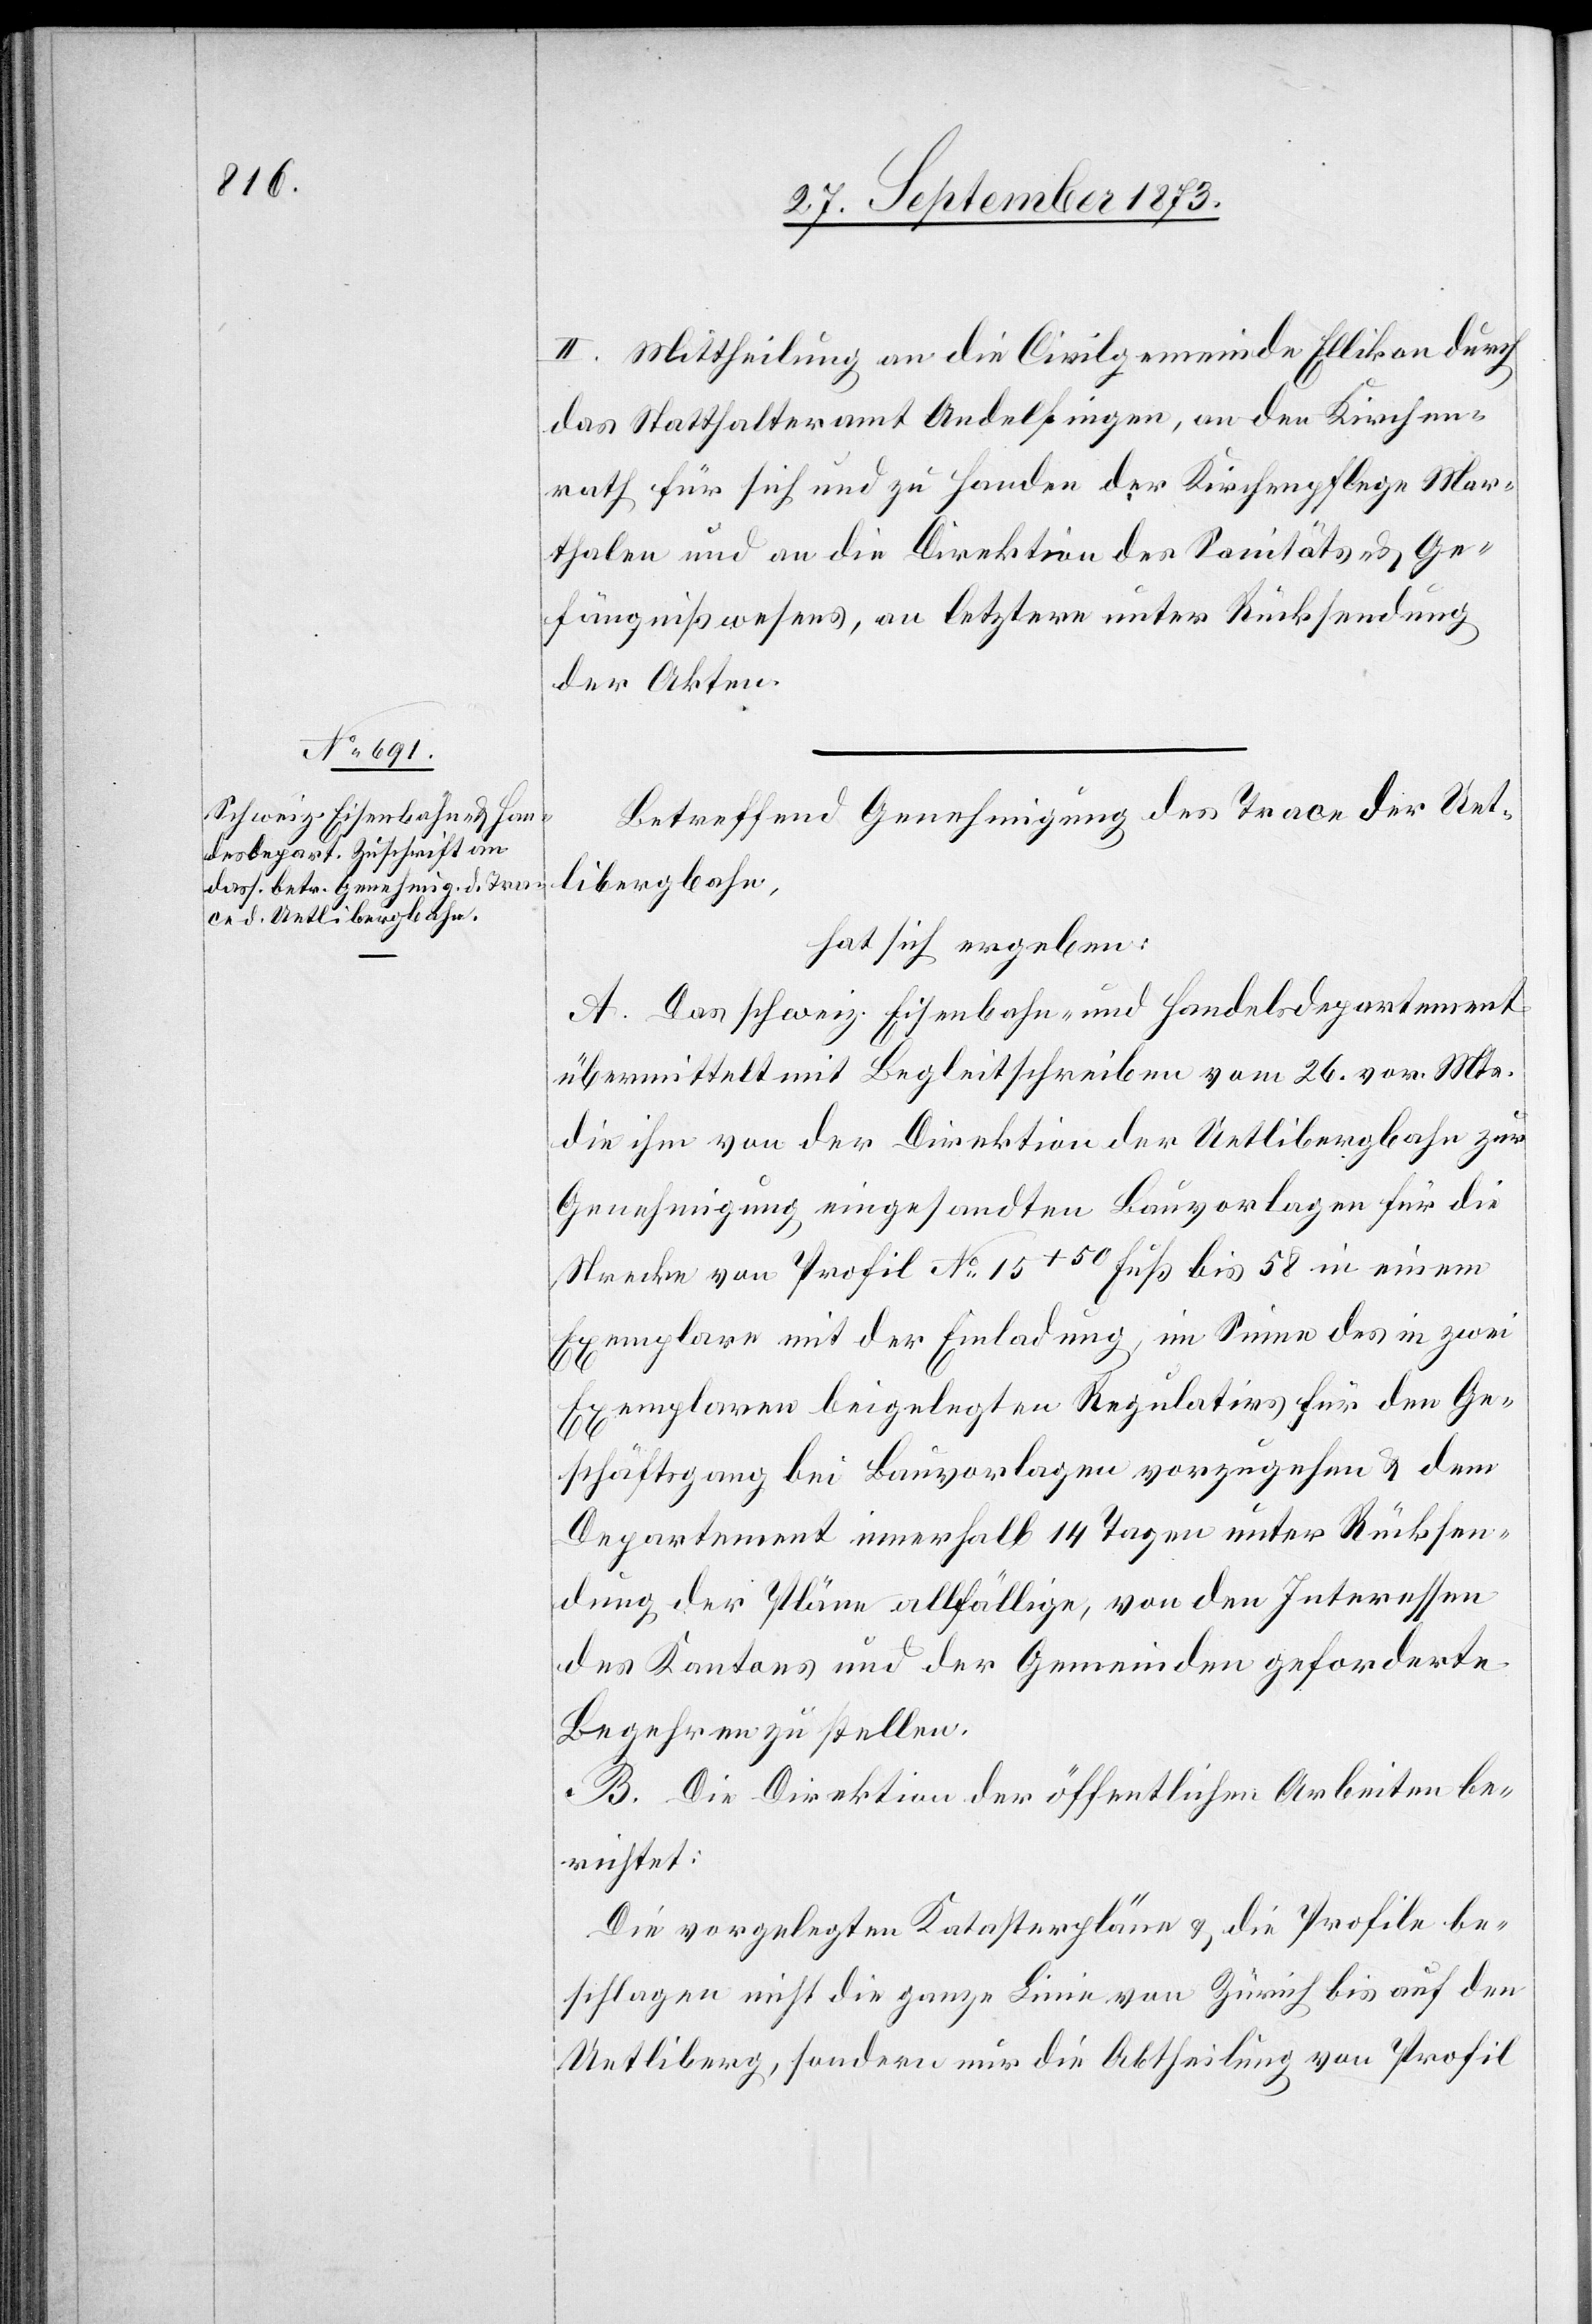
II. Mittheilung an die Civilgemeinde Ellikon durch
das Statthalteramt Andelfingen, an den Kirchen¬
rath für sich und zu Handen der Kirchenpflege Mar¬
thalen und an die Direktion des Sanitäts- & Ge¬
fängnißwesens, an letztere unter Rücksendung
der Akten.
Betreffend Genehmigung des Trace der Uet¬
libergbahn,
hat sich ergeben:
A. Das schweiz. Eisenbahn- und Handelsdepartement
übermittelt mit Begleitschreiben vom 26. vor. Mts.
die ihm von der Direktion der Uetlibergbahn zur
Genehmigung eingesandten Bauvorlagen für die
Strecke von Profli No 15+50 Fuß bis 58 in einem
Exemplare mit der Einladung, im Sinne des in zwei
Exemplaren beigelegten Regulativs für den Ge¬
schäftsgang bei Bauvorlagen vorzugehen & dem
Departement innerhalb 14 Tagen unter Rücksen¬
dung der Pläne allfällige, von den Interessen
des Kantons und der Gemeinden geforderte
Begehren zu stellen.
B. Die Direktion der öffentlichen Arbeiten be¬
richtet:
Die vorgelegten Katasterpläne & die Profile be¬
schlagen nicht die ganze Linie von Zürich bis auf den
Uetliberg, sondern nur die Abtheilung von Profil